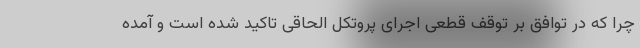
چرا که در توافق بر توقف قطعی اجرای پروتکل الحاقی تاکید شده است و آمده